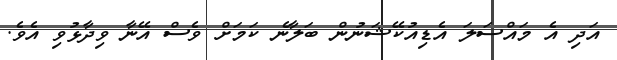
އަދި އެ މައްސަލަ އެޑިއުކޭޝަނުން ބަލާނެ ކަމަށް ވެސް އޭނާ ވިދާޅުވި އެވެ.